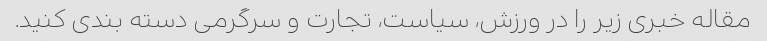
مقاله خبری زیر را در ورزش، سیاست، تجارت و سرگرمی دسته بندی کنید.